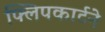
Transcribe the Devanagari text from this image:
फ्लिपकार्टने